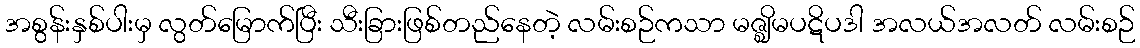
အစွန်းနှစ်ပါးမှ လွတ်မြောက်ပြီး သီးခြားဖြစ်တည်နေတဲ့ လမ်းစဉ်ကသာ မဇ္ဈိမပဋိပဒါ အလယ်အလတ် လမ်းစဉ်